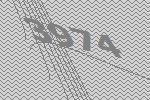
3974